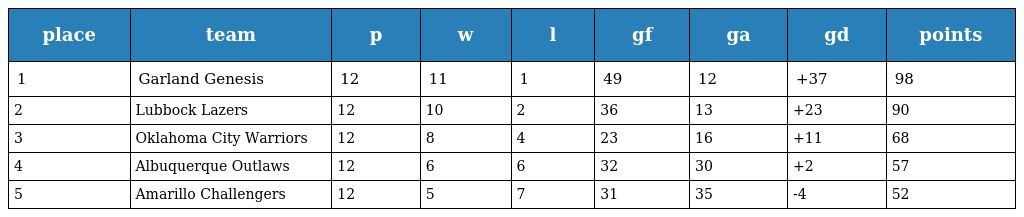
| place | team | p | w | l | gf | ga | gd | points |
 | --- | --- | --- | --- | --- | --- | --- | --- | --- |
 | 1 | Garland Genesis | 12 | 11 | 1 | 49 | 12 | +37 | 98 |
 | 2 | Lubbock Lazers | 12 | 10 | 2 | 36 | 13 | +23 | 90 |
 | 3 | Oklahoma City Warriors | 12 | 8 | 4 | 23 | 16 | +11 | 68 |
 | 4 | Albuquerque Outlaws | 12 | 6 | 6 | 32 | 30 | +2 | 57 |
 | 5 | Amarillo Challengers | 12 | 5 | 7 | 31 | 35 | -4 | 52 |